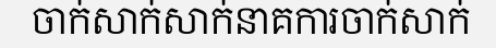
ចាក់សាក់សាក់នាគការចាក់សាក់